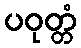
ပဝုတ္တံ